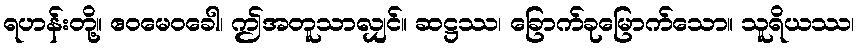
ရဟန်းတို့။ ဧဝမေဝခေါ၊ ဤအတူသာလျှင်။ ဆဋ္ဌဿ၊ ခြောက်ခုမြောက်သော။ သူရိယဿ၊